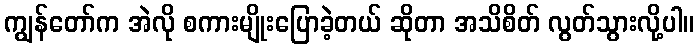
ကျွန်တော်က အဲလို စကားမျိုးပြောခဲ့တယ် ဆိုတာ အသိစိတ် လွတ်သွားလို့ပါ။